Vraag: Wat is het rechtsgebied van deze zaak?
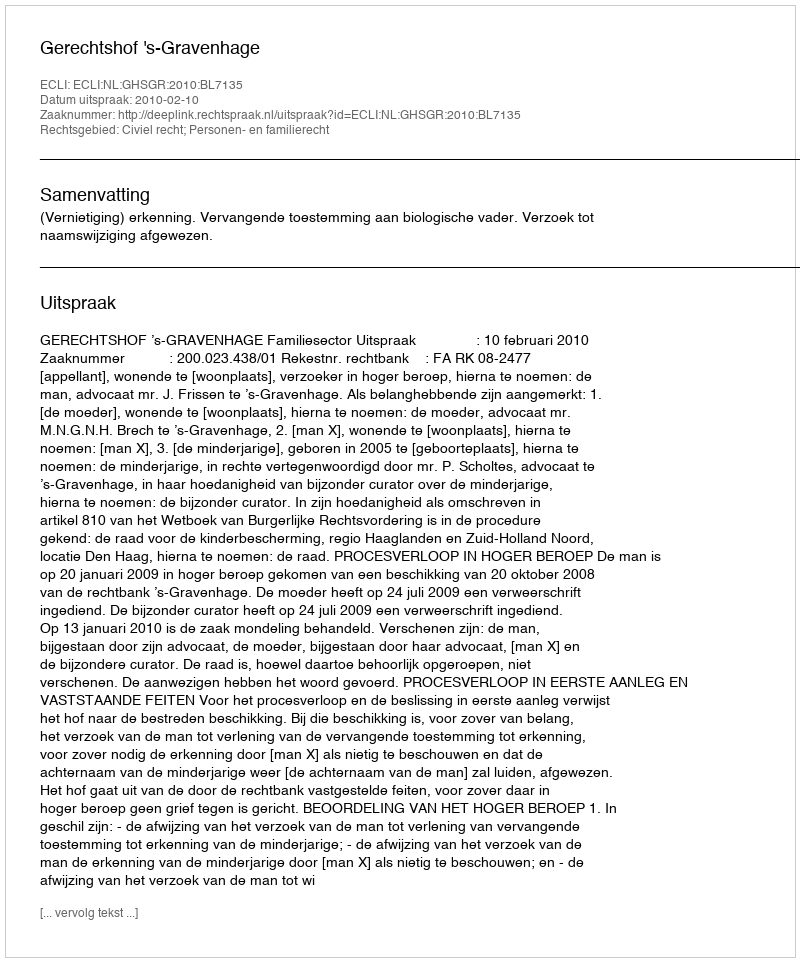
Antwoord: Civiel recht; Personen- en familierecht